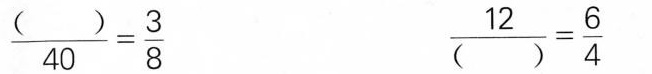
\frac{( )}{40} = \frac{3}{8} \frac{12}{( )} =\frac{6}{4}